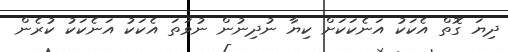
ދިޔަ ގޮތް އެކަކު އަނެކަކަށް ކިޔާ ނުދިނުން ނުވަތަ އެކަކު އަނެކަކު ކުރެން